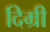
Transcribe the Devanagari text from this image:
दिम्री